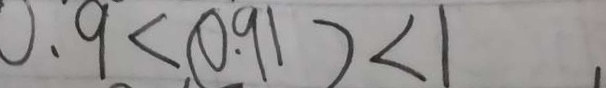
0 . 9 < ( 0 . 9 1 ) < 1